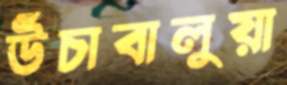
উঁচাবালুয়া